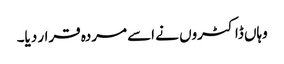
وہاں ڈاکٹروں نے اسے مردہ قرار دیا۔